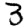
Digit: 3